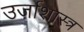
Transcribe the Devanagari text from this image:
उर्जाशास्त्र